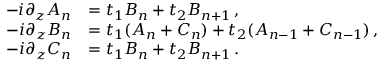
\begin{array} { r l } { - i \partial _ { z } A _ { n } } & { = t _ { 1 } B _ { n } + t _ { 2 } B _ { n + 1 } \, , } \\ { - i \partial _ { z } B _ { n } } & { = t _ { 1 } ( A _ { n } + C _ { n } ) + t _ { 2 } ( A _ { n - 1 } + C _ { n - 1 } ) \, , } \\ { - i \partial _ { z } C _ { n } } & { = t _ { 1 } B _ { n } + t _ { 2 } B _ { n + 1 } \, . } \end{array}